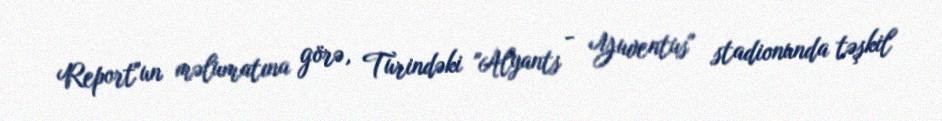
Report"un məlumatına görə, Turindəki "Alyants - Yuventus" stadionunda təşkil